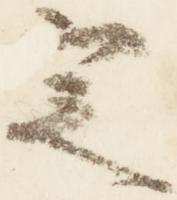
定